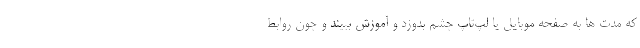
که مدت ها به صفحه موبایل یا لپ‌تاپ چشم بدوزد و آموزش ببیند و چون روابط